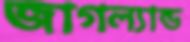
জাগল্যান্ড